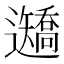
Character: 𨙍